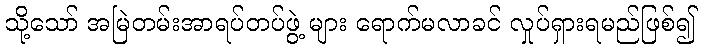
သို့သော် အမြဲတမ်းအာရပ်တပ်ဖွဲ့ များ ရောက်မလာခင် လှုပ်ရှားရမည်ဖြစ်၍